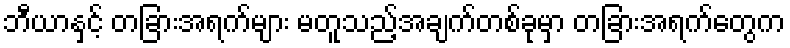
ဘီယာနှင့် တခြားအရက်များ မတူသည့်အချက်တစ်ခုမှာ တခြားအရက်တွေက